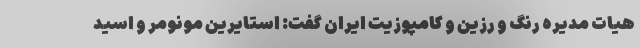
هیات مدیره رنگ و رزین و کامپوزیت ایران گفت: استایرین مونومر و اسید